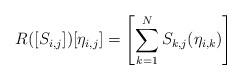
LaTeX: \begin{align*}R([S_{i,j}]) [\eta_{i,j}] = \left[ \sum^N_{k=1} S_{k,j} (\eta_{i,k})\right]\end{align*}